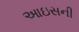
આઇસની